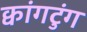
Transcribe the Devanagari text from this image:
क्वांगटुंग